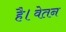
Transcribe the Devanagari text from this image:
है।वेतन